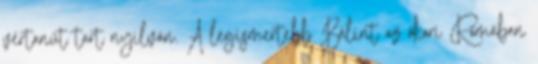
vértanút tart nyilván. A legismertebb Bálint az ókori Rómában